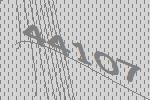
44107